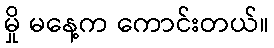
မှို မနေ့က ကောင်းတယ်။